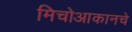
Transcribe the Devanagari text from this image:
मिचोआकानचे